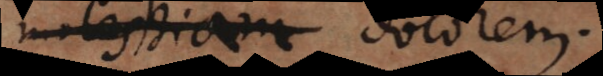
molestiam dolorem.